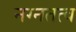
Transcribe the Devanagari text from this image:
नग्नतत्व